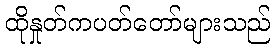
ထိုနှုတ်ကပတ်တော်များသည်